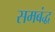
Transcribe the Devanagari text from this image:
समबंद्ध